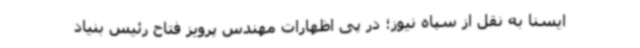
ایسنا به نقل از سپاه نیوز؛ در پی اظهارات مهندس پرویز فتاح رئیس بنیاد